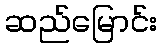
ဆည်မြောင်း